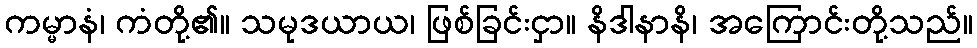
ကမ္မာနံ၊ ကံတို့၏။ သမုဒယာယ၊ ဖြစ်ခြင်းငှာ။ နိဒါနာနိ၊ အကြောင်းတို့သည်။